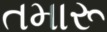
તમારૂ